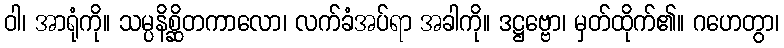
ဝါ၊ အာရုံကို။ သမ္ပနိစ္ဆိတကာလော၊ လက်ခံအပ်ရာ အခါကို။ ဒဋ္ဌဗ္ဗော၊ မှတ်ထိုက်၏။ ဂဟေတွာ၊